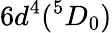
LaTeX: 6d^{4}(^{5}D_{0})